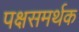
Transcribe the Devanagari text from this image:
पक्षसमर्थक